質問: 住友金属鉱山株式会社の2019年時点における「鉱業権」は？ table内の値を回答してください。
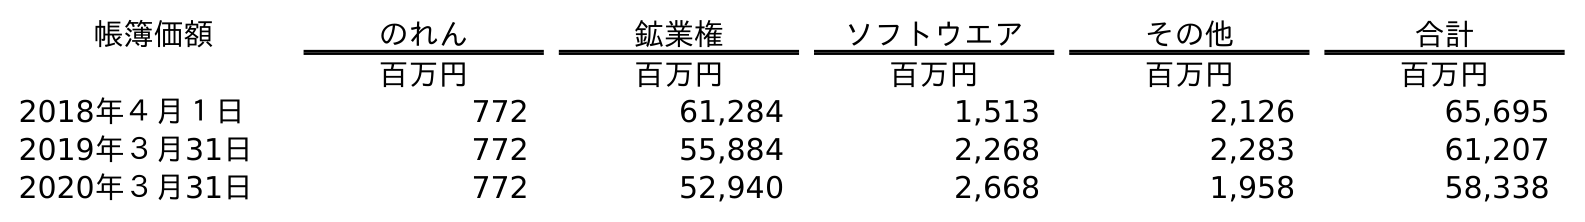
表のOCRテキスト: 帳簿価額 のれん 鉱業権 ソフトウエア その他 合計 百万円 百万円 百万円 百万円 百万円 2018年４月１日 772 61,284 1,513 2,126 65,695 2019年３月31日 772 55,884 2,268 2,283 61,207 2020年３月31日 772 52,940 2,668 1,958 58,338
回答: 55,884